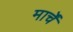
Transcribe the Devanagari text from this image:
मार्चें